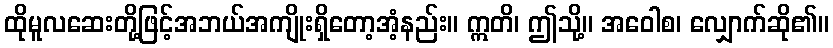
ထိုမူလဆေးတို့ဖြင့်အဘယ်အကျိုးရှိတော့အံ့နည်း။ ဣတိ၊ ဤသို့။ အဝေါစ၊ လျှောက်ဆို၏။